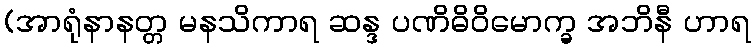
(အာရုံနာနတ္တ မနသိကာရ ဆန္ဒ ပဏိဓိဝိမောက္ခ အဘိနီ ဟာရ